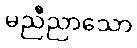
မညီညာသော